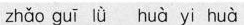
zhǎo guī lǜ huà yi huà